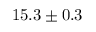
1 5 . 3 \pm 0 . 3